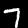
Label: 7